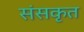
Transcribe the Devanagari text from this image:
संसकृत